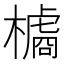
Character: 𱤞